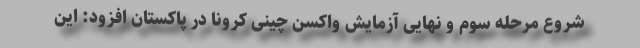
شروع مرحله سوم و نهایی آزمایش واکسن چینی کرونا در پاکستان افزود: این